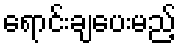
ရောင်းချပေးမည့်